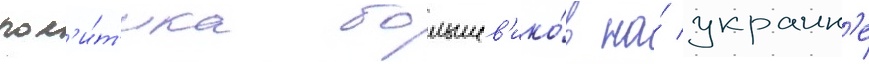
пол'и́т'ика большев'ико́в на́ украин'е